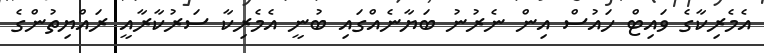
އެމެރިކާގެ ވައިޓް ހައުސް އިން ނެރުނު ބަޔާނެއްގައި ބުނީ އެމެރިކާ ސަރުކާރާއީ ރައްޔިތުންގެ